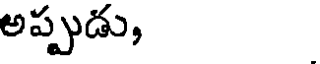
అప్పుడు,